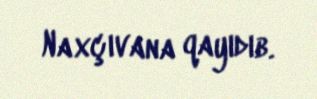
Naxçıvana qayıdıb.